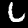
Digit: 6